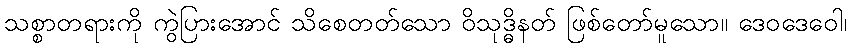
သစ္စာတရားကို ကွဲပြားအောင် သိစေတတ်သော ဝိသုဒ္ဓိနတ် ဖြစ်တော်မူသော။ ဒေဝဒေဝေါ၊